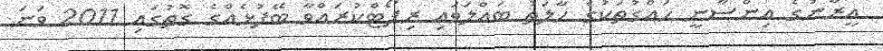
އީރާނުގެ އިންސާނީ ހައްގުތަކުގެ ހާލަތު ބައްލަވައި ރިޕޯޓްކުރައްވާ ބޭފުޅެއްގެ ގޮތުގައި 2011 ވަނަ